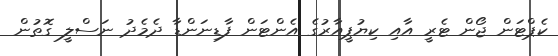
ކެޕްޓަން ޖޯން ޓެރީ އާއި ކިޔުޕީއާރުގެ އެންޓަން ފާޑިނަންޑާ ދެމެދު ނަސްލީ ގޮތުން